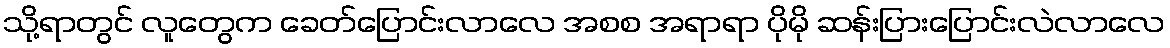
သို့ရာတွင် လူတွေက ခေတ်ပြောင်းလာလေ အစစ အရာရာ ပိုမို ဆန်းပြားပြောင်းလဲလာလေ